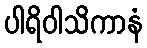
ပါရိဝါသိကာနံ